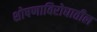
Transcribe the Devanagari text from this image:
शोषणाविरोधातील